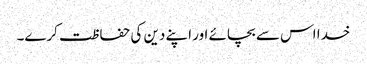
خدا اس سے بچائے اور اپنے دین کی حفاظت کرے۔